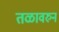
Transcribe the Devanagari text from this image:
तळावरुन